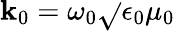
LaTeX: \mathbf{k}_{0}=\omega_{0}\sqrt{}{{\epsilon_{0}\mu_{0}}}